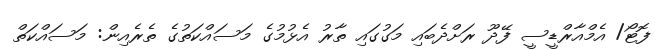
ފޮޓޯ/ އެމްއާރްޑީސީ ފޭދޫ ރަށްދެބައި މަގުގައި ތާރު އެޅުމުގެ މަސައްކަތުގެ ތެރެއިން: މަސައްކަތް